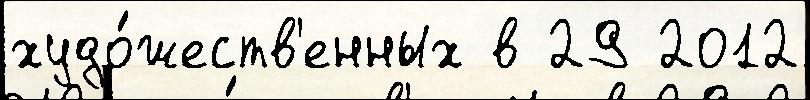
худо́жеств'енных в 29 2012